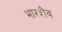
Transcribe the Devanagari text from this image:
भारशैव